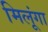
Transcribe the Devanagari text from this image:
मिलूंगा